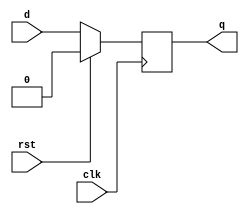
module d_ff (
    input wire clk,
    input wire rst,
    input wire d,
    output reg q
);

    always @(posedge clk) begin
        if (rst) begin
            q <= 1'b0; // Reset the flip-flop
        end else begin
            q <= d; // Load the input data into the flip-flop
        end
    end

endmodule